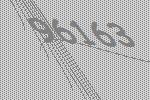
96163